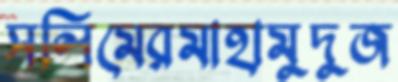
সলিমেরমাহামুদুজ